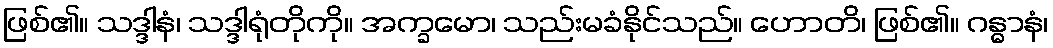
ဖြစ်၏။ သဒ္ဒါနံ၊ သဒ္ဒါရုံတိုကို။ အက္ခမော၊ သည်းမခံနိုင်သည်။ ဟောတိ၊ ဖြစ်၏။ ဂန္ဓာနံ၊